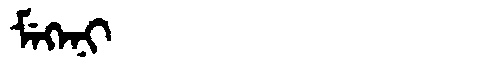
Manchu: ᠮᡝᡴᡝᠨᡳ
Romanization: MEKENI